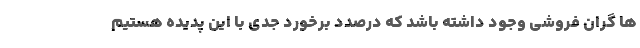
ها گران فروشی وجود داشته باشد که درصدد برخورد جدی با این پدیده هستیم